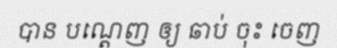
បាន បណ្តេញ ឲ្យ ឆាប់ ចុះ ចេញ